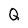
Character: Q